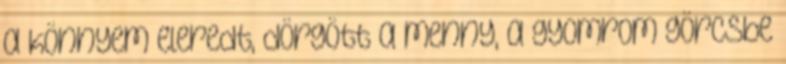
a könnyem eleredt, dörgött a menny, a gyomrom görcsbe